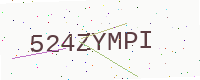
Text: 524ZYMPI